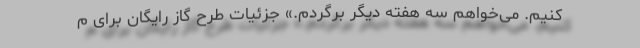
کنیم. می‌خواهم سه هفته دیگر برگردم.» جزئیات طرح گاز رایگان برای م